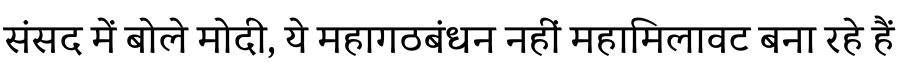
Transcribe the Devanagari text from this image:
संसद में बोले मोदी, ये महागठबंधन नहीं महामिलावट बना रहे हैं